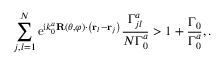
\sum _ { j , l = 1 } ^ { N } \mathrm { e } ^ { \mathrm { i } k _ { 0 } ^ { a } \mathbf { R } ( \theta , \varphi ) \cdot \left( { \bf r } _ { l } - { \bf r } _ { j } \right) } \frac { \Gamma _ { j l } ^ { a } } { N \Gamma _ { 0 } ^ { a } } > 1 + \frac { \Gamma _ { 0 } } { \Gamma _ { 0 } ^ { a } } , .